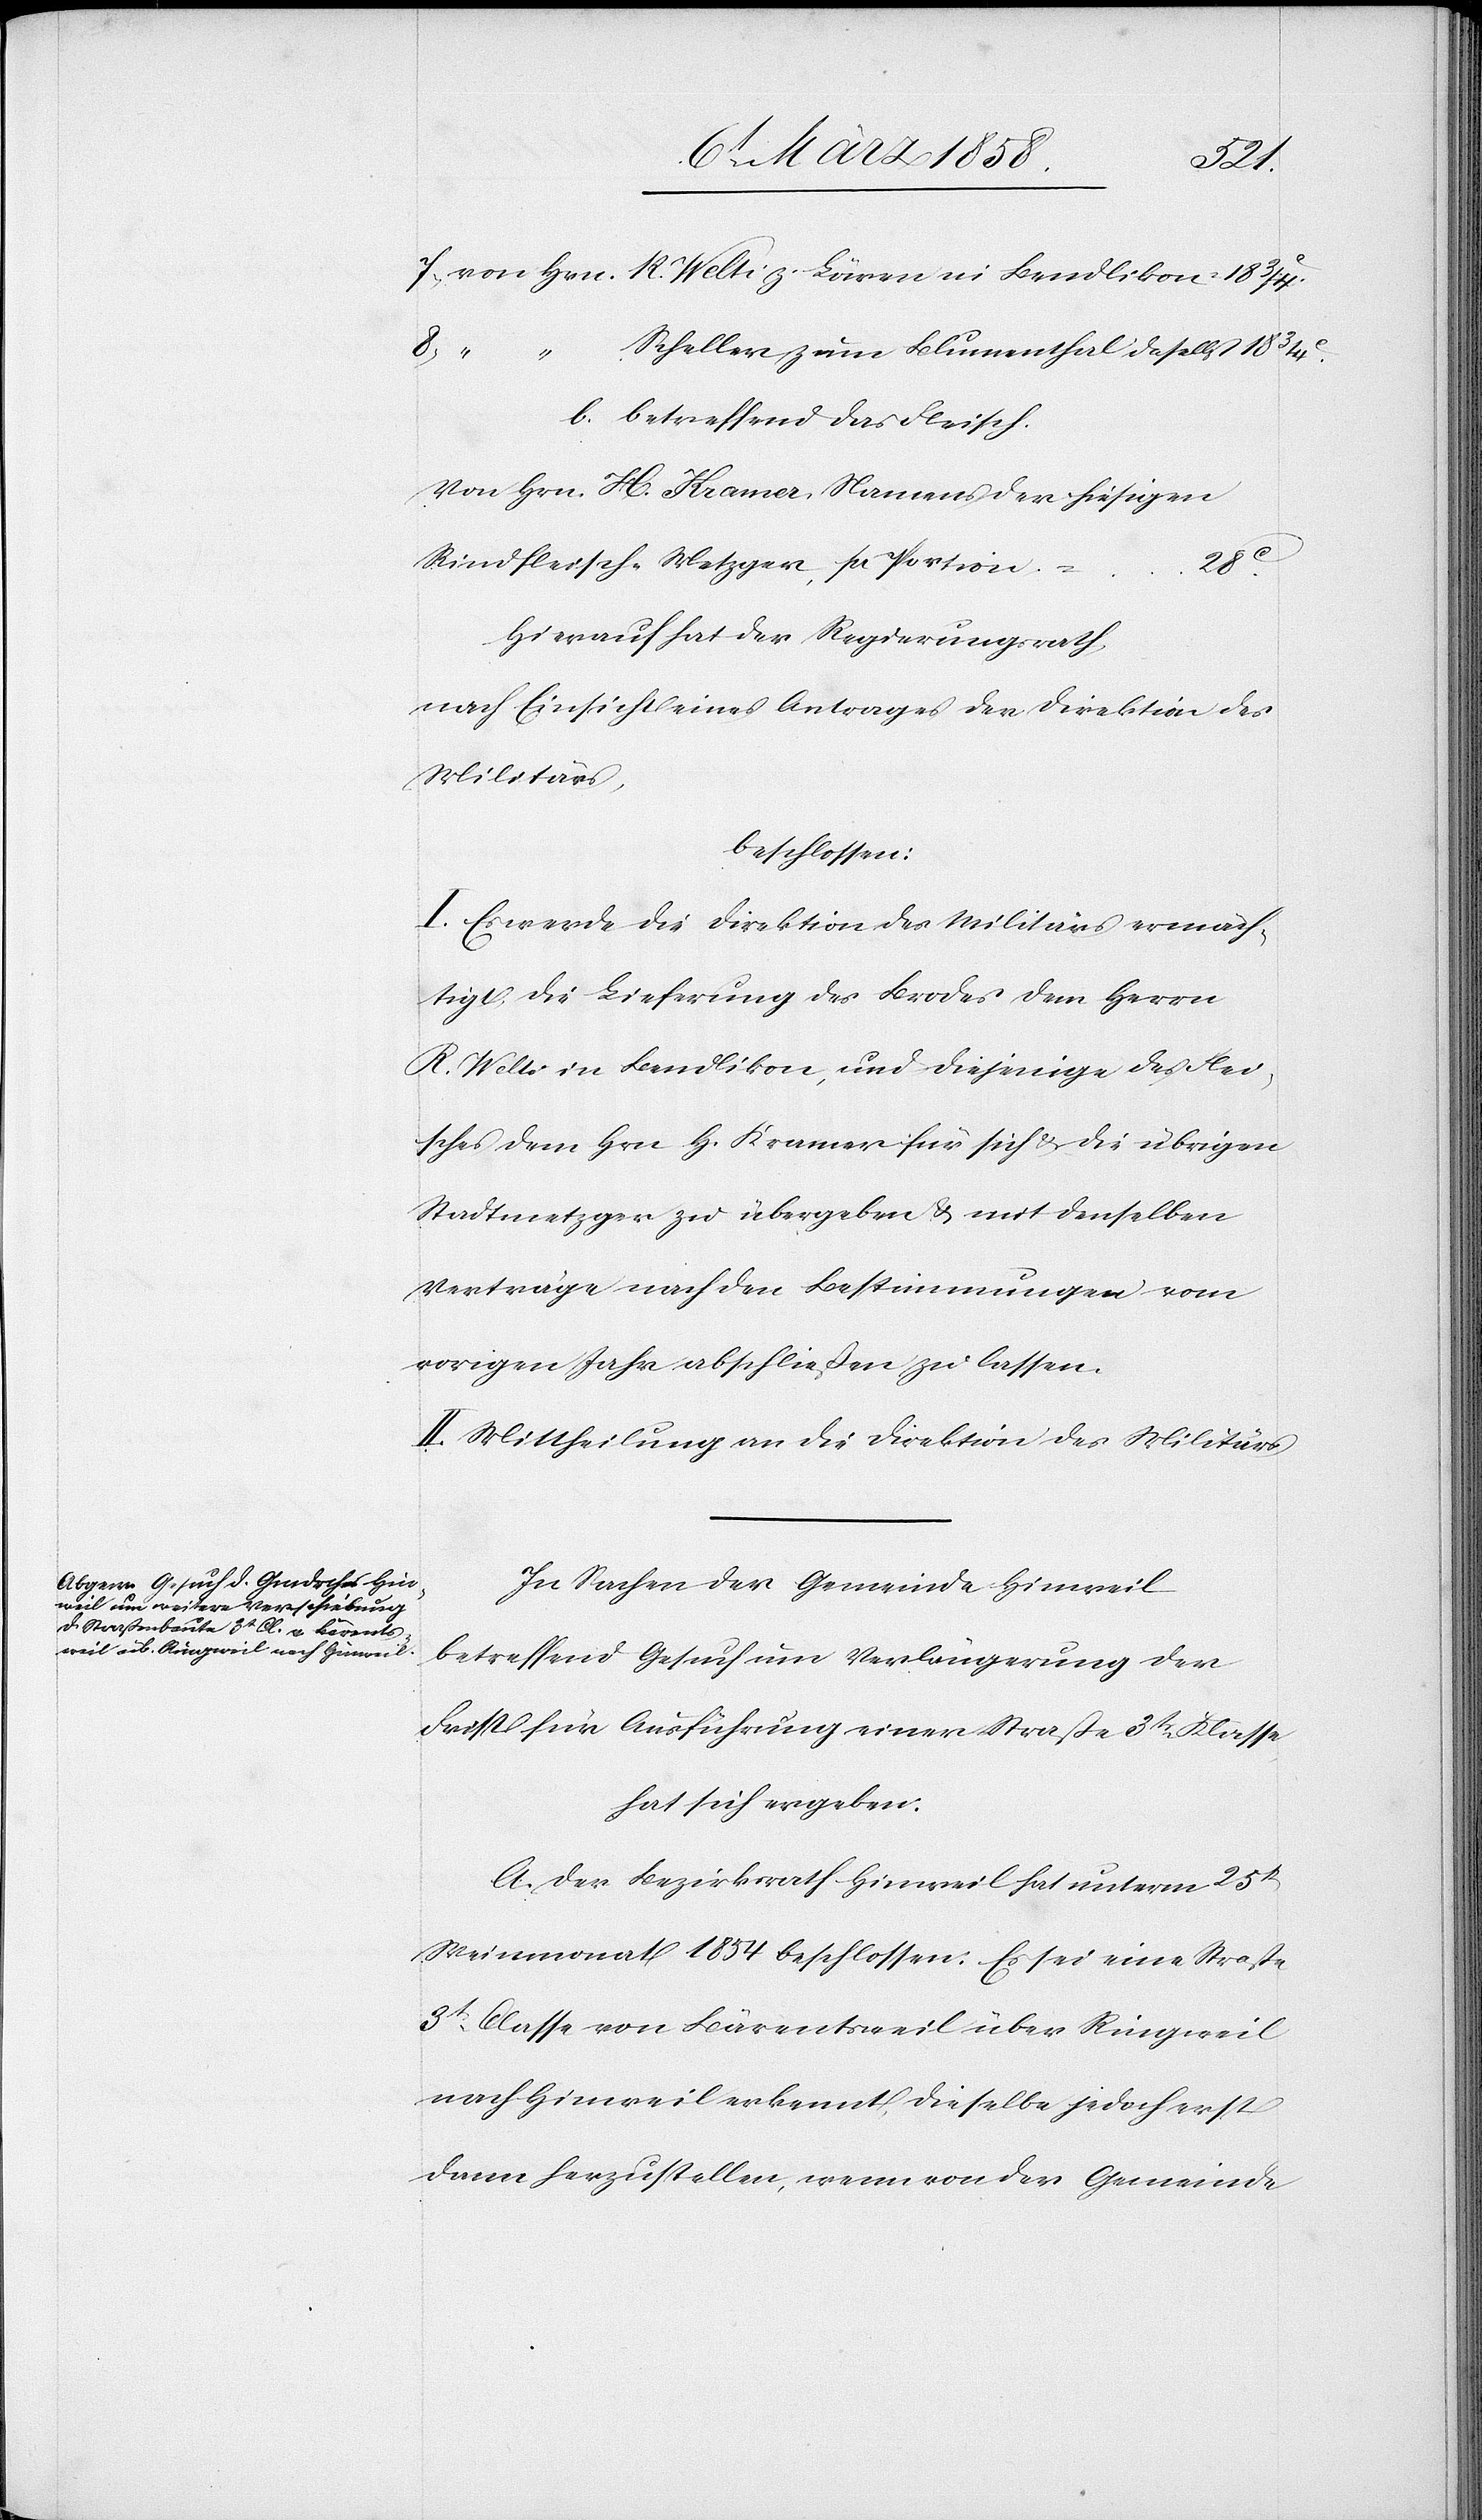
18
Scheller zum Blumenthal daselbst
18
b. betreffend das Fleisch.
Von Hrn. H. Kramer, Namens der hiesigen
Rindfleisch-Metzger, pr. Portion
Hierauf hat der Regierungsrath,
nach Einsicht eines Antrages der Direktion des
Militärs,
beschlossen:
I. Es werde die Direktion des Militärs ermäch¬
tigt die Lieferung des Brodes dem Herrn
R. Welti in Bendlikon, und diejenige des Flei¬
sches dem Hrn. H. Kramer für sich u. die übrigen
Stadtmetzger zu übergeben u. mit denselben
Verträge nach den Bestimmungen vom
vorigen Jahr abschließen zu lassen.
II. Mittheilung an die Direktion des Militärs.
In Sachen der Gemeinde Hinweil
betreffend Gesuch um Verlängerung der
Frist für Ausführung einer Straße 3tr Klasse,
hat sich ergeben:
A. Der Bezirksrath Hinweil hat unterm 25t
Weinmonat 1854 beschlossen: Es sei eine Straße
3t Classe von Bärentsweil über Ringweil
nach Hinweil erkennt, dieselbe jedoch erst
dann herzustellen, wenn von der Gemeinde